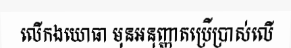
លើកងយោធា មុនអនុញ្ញាតប្រើប្រាស់លើ